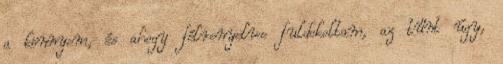
a könnyem, és ahogy félrenyelve fuldokoltam, az tűnt úgy,